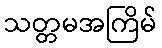
သတ္တမအကြိမ်